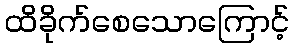
ထိခိုက်စေသောကြောင့်